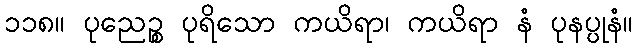
၁၁၈။ ပုညေဉ္စ ပုရိသော ကယိရာ၊ ကယိရာ နံ ပုနပ္ပုနံ။